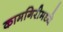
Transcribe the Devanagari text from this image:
कामगिरीमध्ये